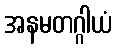
အနမတဂ္ဂါယံ